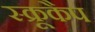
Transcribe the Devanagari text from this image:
स्क्रूकैप